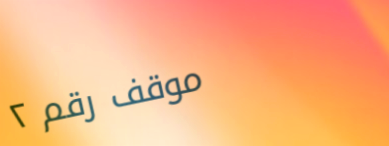
موقف رقم ٢